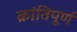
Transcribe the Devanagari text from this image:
क्रांतिपूर्ण